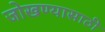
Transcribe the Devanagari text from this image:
जोखण्यासाठी